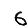
Digit: 6